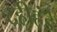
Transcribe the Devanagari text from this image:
दहीहंडे